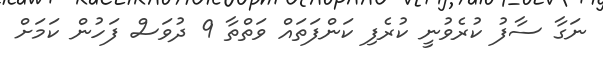
ނަގާ ސާފު ކުރެވުނީ ކުރެފި ކަންފަތައް ވަތްތާ 9 ދުވަސް ފަހުން ކަމަށް